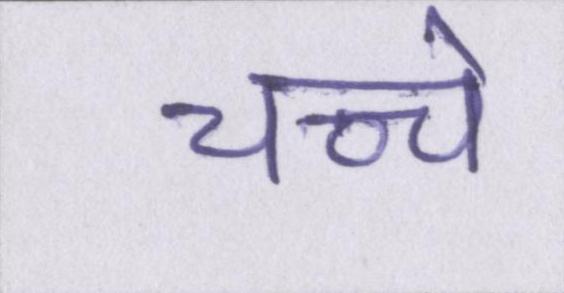
चच्चे